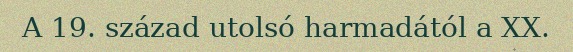
A 19. század utolsó harmadától a XX.